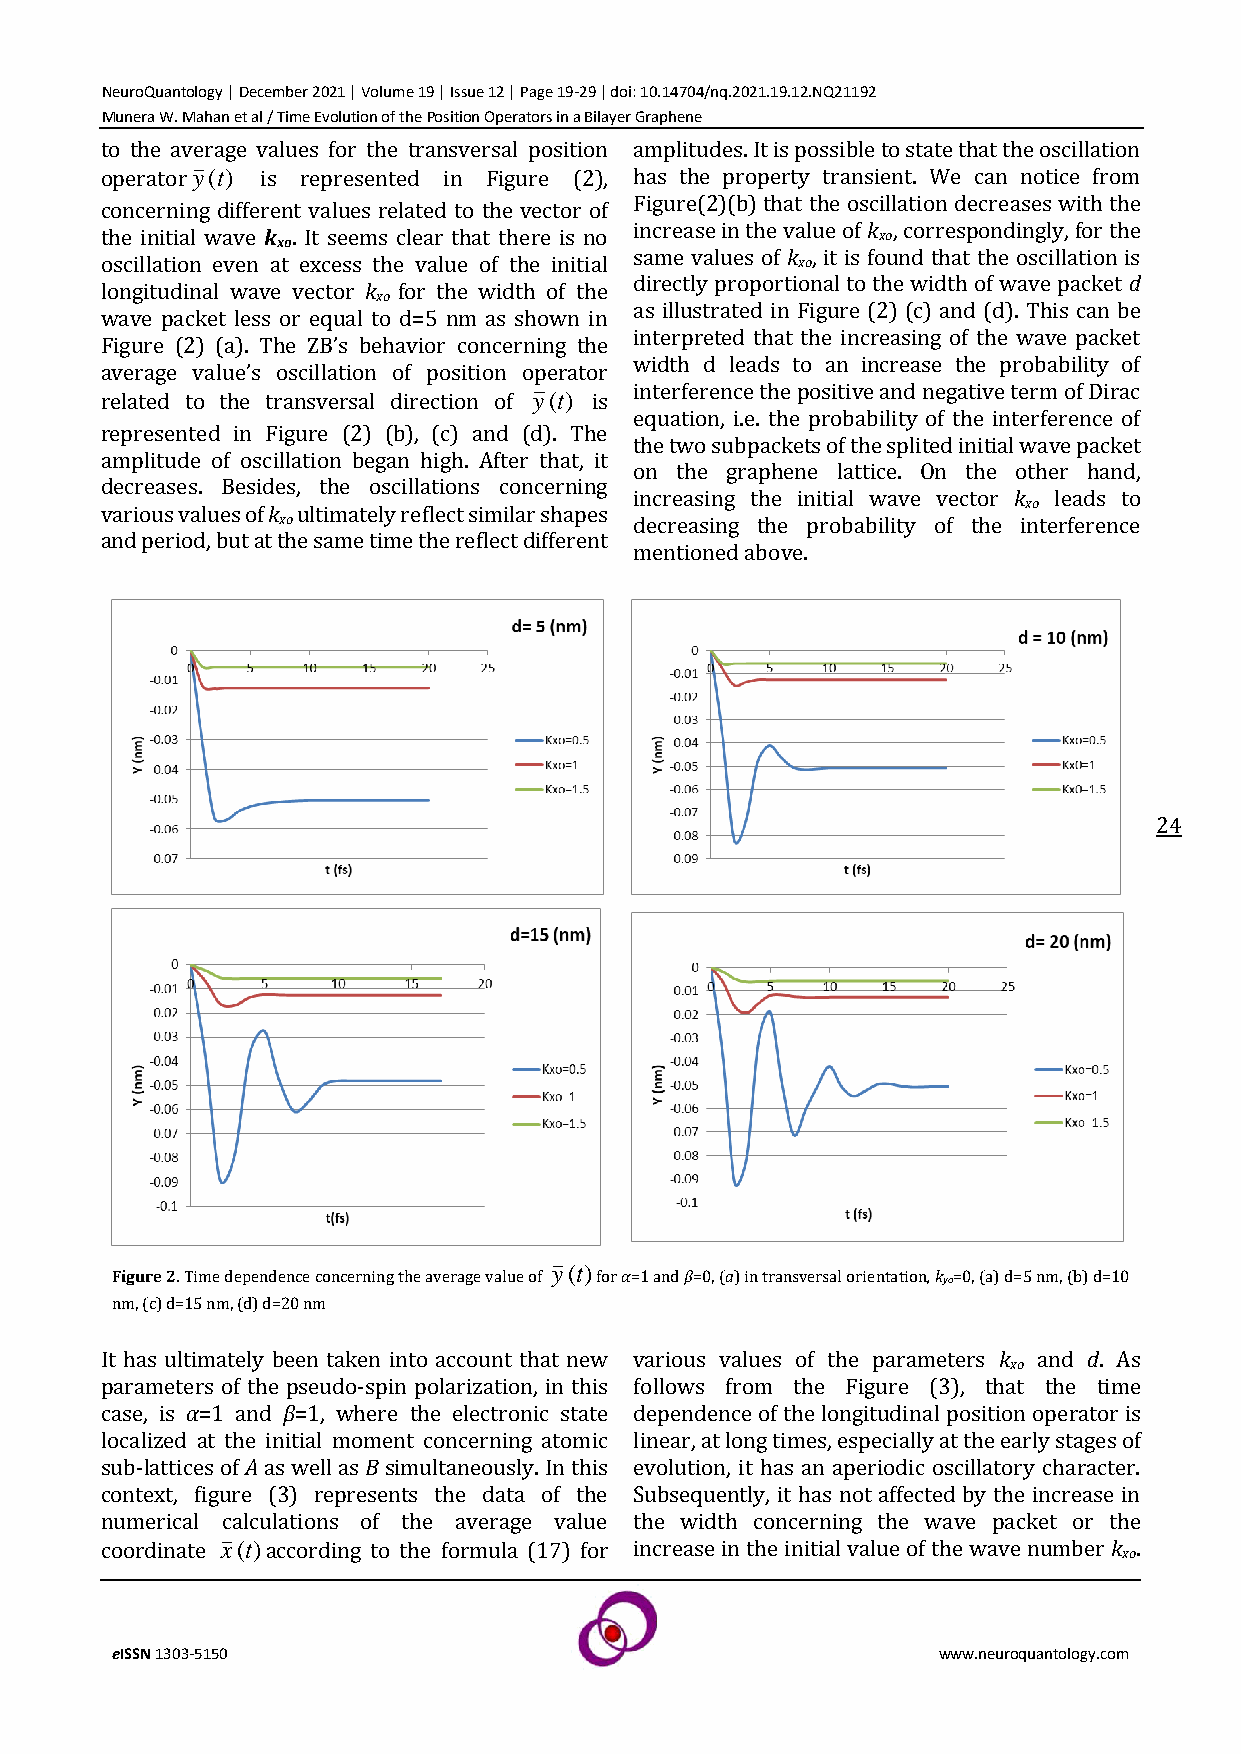
NeuroQuantology | December 2021 | Volume 19 | Issue 12 | Page 19-29 | doi: 10.14704/nq.2021.19.12.NQ21192
 Munera W. Mahan et al / Time Evolution of the Position Operators in a Bilayer Graphene
 to the average values for the transversal position amplitudes. It is possible to state that the oscillation
 operatory(t) is represented in Figure (2), has the property transient. We can notice from
 Figure(2)(b) that the oscillation decreases with the
 concerning different values related to the vector of
 increase in the value of k , correspondingly, for the
 the initial wave k . It seems clear that there is no xo
 xo
 same values of k , it is found that the oscillation is
 oscillation even at excess the value of the initial xo
 directly proportional to the width of wave packet d
 longitudinal wave vector k for the width of the
 xo
 as illustrated in Figure (2) (c) and (d). This can be
 wave packet less or equal to d=5 nm as shown in
 interpreted that the increasing of the wave packet
 Figure (2) (a). The ZB’s behavior concerning the
 width d leads to an increase the probability of
 average value’s oscillation of position operator
 interference the positive and negative term of Dirac
 related to the transversal direction of y(t) is
 equation, i.e. the probability of the interference of
 represented in Figure (2) (b), (c) and (d). The
 the two subpackets of the splited initial wave packet
 amplitude of oscillation began high. After that, it
 on the graphene lattice. On the other hand,
 decreases. Besides, the oscillations concerning
 increasing the initial wave vector k leads to
 xo
 various values of k ultimately reflect similar shapes
 xo                      decreasing the probability of the interference
 and period, but at the same time the reflect different
 mentioned above.
 24
 y(t)
 Figure 2. Time dependence concerning the average value of for α=1 and β=0, (a) in transversal orientation, kyo=0, (a) d=5 nm, (b) d=10
 nm, (c) d=15 nm, (d) d=20 nm
 It has ultimately been taken into account that new various values of the parameters k and d. As
 xo
 parameters of the pseudo-spin polarization, in this follows from the Figure (3), that the time
 case, is α=1 and β=1, where the electronic state dependence of the longitudinal position operator is
 localized at the initial moment concerning atomic linear, at long times, especially at the early stages of
 sub-lattices of A as well as B simultaneously. In this evolution, it has an aperiodic oscillatory character.
 context, figure (3) represents the data of the Subsequently, it has not affected by the increase in
 numerical calculations of the average value the width concerning the wave packet or the
 coordinate x(t)according to the formula (17) for increase in the initial value of the wave number k .
 xo
 eISSN 1303-5150                                        www.neuroquantology.com